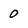
Character: 0